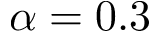
\alpha = 0 . 3